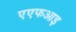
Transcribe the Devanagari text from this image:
एएफआइ